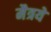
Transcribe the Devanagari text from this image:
मैत्रये